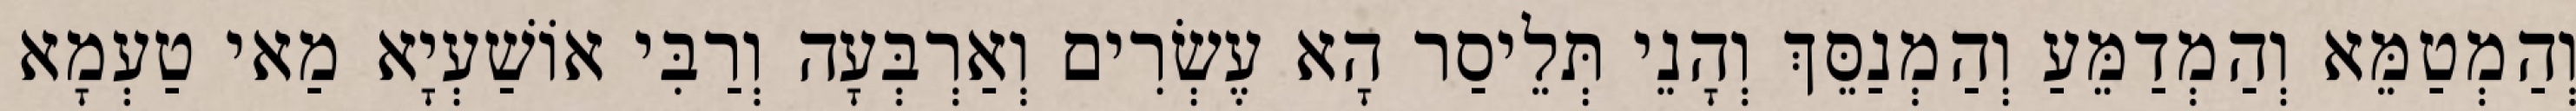
וְהַמְטַמֵּא וְהַמְדַמֵּעַ וְהַמְנַסֵּךְ וְהָנֵי תְּלֵיסַר הָא עֶשְׂרִים וְאַרְבְּעָה וְרַבִּי אוֹשַׁעְיָא מַאי טַעְמָא